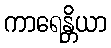
ကာရေန္တိယာ